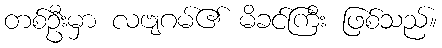
တစ်ဦးမှာ လဗျဂမ်၏ မိခင်ကြီး ဖြစ်သည်။